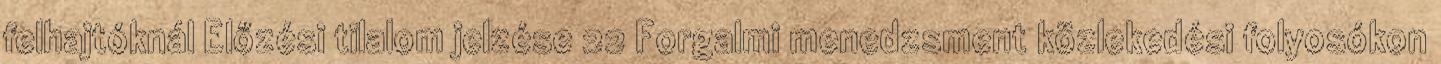
felhajtóknál Előzési tilalom jelzése 22 Forgalmi menedzsment közlekedési folyosókon